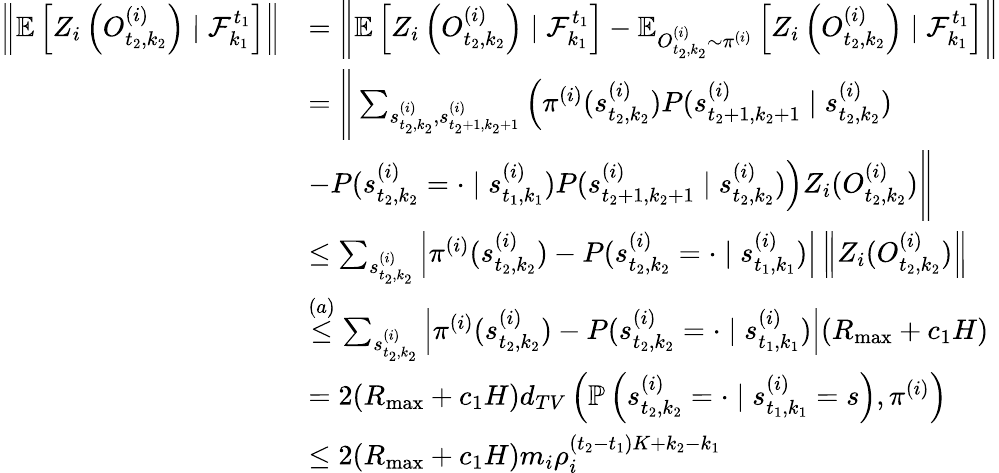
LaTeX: \begin{array}{rl}{\left\| \mathbb{E}\left[Z_{i}\left(O_{t_{2},k_{2}}^{(i)}\right)\mid\mathcal{F}_{k_{1}}^{t_{1}}\right]\right\| }&{=\left\| \mathbb{E}\left[Z_{i}\left(O_{t_{2},k_{2}}^{(i)}\right)\mid\mathcal{F}_{k_{1}}^{t_{1}}\right]-\mathbb{E}_{O_{t_{2},k_{2}}^{(i)}\sim\pi^{(i)}}\left[Z_{i}\left(O_{t_{2},k_{2}}^{(i)}\right)\mid\mathcal{F}_{k_{1}}^{t_{1}}\right]\right\| }\\ &{=\Bigg\lVert\sum_{s_{t_{2},k_{2}}^{(i)},s_{t_{2}+1,k_{2}+1}^{(i)}}\left(\pi^{(i)}(s_{t_{2},k_{2}}^{(i)})P(s_{t_{2}+1,k_{2}+1}^{(i)}\mid s_{t_{2},k_{2}}^{(i)})\right.}\\ &{\left.-P(s_{t_{2},k_{2}}^{(i)}=\cdot\mid s_{t_{1},k_{1}}^{(i)})P(s_{t_{2}+1,k_{2}+1}^{(i)}\mid s_{t_{2},k_{2}}^{(i)})\right)Z_{i}(O_{t_{2},k_{2}}^{(i)})\Bigg\rVert}\\ &{\leq\sum_{s_{t_{2},k_{2}}^{(i)}}\left|\pi^{(i)}(s_{t_{2},k_{2}}^{(i)})-P(s_{t_{2},k_{2}}^{(i)}=\cdot\mid s_{t_{1},k_{1}}^{(i)})\right|\left\| Z_{i}(O_{t_{2},k_{2}}^{(i)})\right\| }\\ &{\stackrel{(a)}{\leq}\sum_{s_{t_{2},k_{2}}^{(i)}}\left|\pi^{(i)}(s_{t_{2},k_{2}}^{(i)})-P(s_{t_{2},k_{2}}^{(i)}=\cdot\mid s_{t_{1},k_{1}}^{(i)})\right|(R_{\operatorname*{max}}+c_{1}H)}\\ &{=2(R_{\operatorname*{max}}+c_{1}H)d_{TV}\left(\mathbb{P}\left(s_{t_{2},k_{2}}^{(i)}=\cdot\mid s_{t_{1},k_{1}}^{(i)}=s\right),\pi^{(i)}\right)}\\ &{\le 2(R_{\operatorname*{max}}+c_{1}H)m_{i}\rho_{i}^{(t_{2}-t_{1})K+k_{2}-k_{1}}}\end{array}